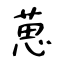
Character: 葸